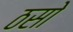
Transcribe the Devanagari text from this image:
ठसो